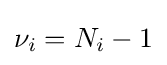
\nu _{i}=N_{i}-1